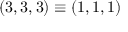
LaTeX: ( 3 , 3 , 3 ) \equiv ( 1 , 1 , 1 )